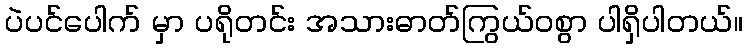
ပဲပင်ပေါက် မှာ ပရိုတင်း အသားဓာတ်ကြွယ်ဝစွာ ပါရှိပါတယ်။